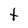
Character: t